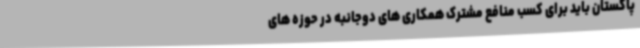
پاکستان باید برای کسب منافع مشترک همکاری های دوجانبه در حوزه های